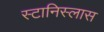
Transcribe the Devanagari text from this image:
स्टानिस्लास